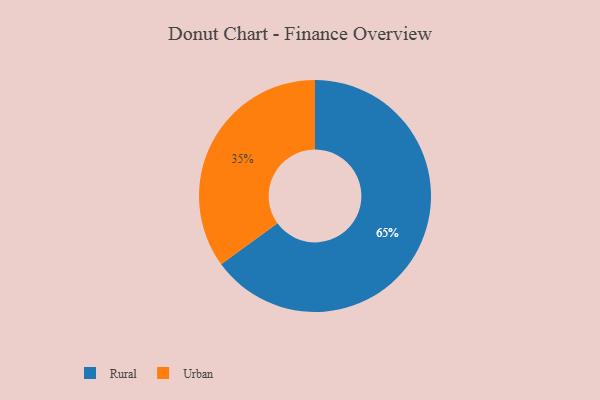
{"axis": {"x": "Category", "y": "Percentage"}, "legend": ["Rural", "Urban"], "data": [{"x": "Rural", "y": 65, "type": "Rural"}, {"x": "Urban", "y": 35, "type": "Urban"}]}